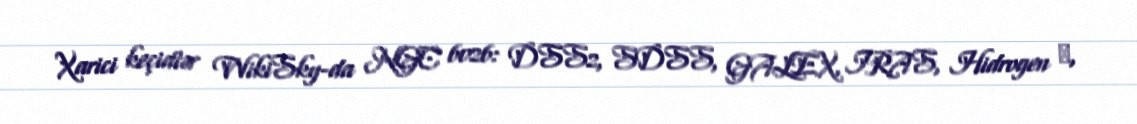
Xarici keçidlər WikiSky-da NGC 6026: DSS2, SDSS, GALEX, IRAS, Hidrogen α,